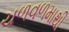
ચળવળમાથી